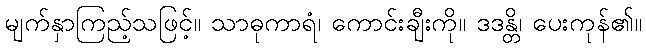
မျက်နှာကြည့်သဖြင့်။ သာဓုကာရံ၊ ကောင်းချီးကို။ ဒဒန္တိ၊ ပေးကုန်၏။